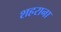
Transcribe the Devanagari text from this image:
शहराना